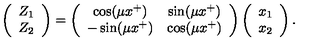
\left( \begin{array} { c } { Z _ { 1 } } \\ { Z _ { 2 } } \\ \end{array} \right) = \left( \begin{array} { c c } { \cos ( \mu x ^ { + } ) } & { \sin ( \mu x ^ { + } ) } \\ { - \sin ( \mu x ^ { + } ) } & { \cos ( \mu x ^ { + } ) } \\ \end{array} \right) \left( \begin{array} { c } { x _ { 1 } } \\ { x _ { 2 } } \\ \end{array} \right) .